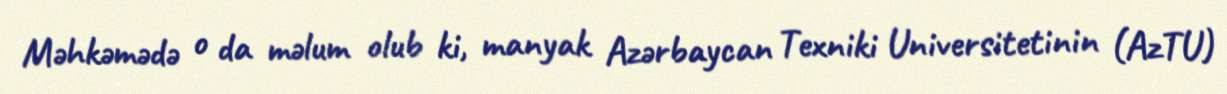
Məhkəmədə o da məlum olub ki, manyak Azərbaycan Texniki Universitetinin (AzTU)